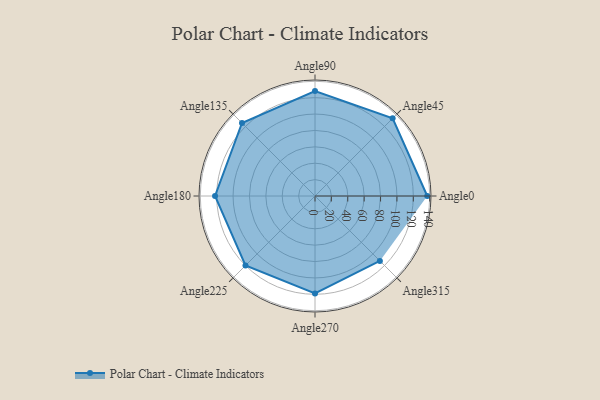
{"axis": {"x": "Angle", "y": "Radius"}, "legend": [""], "data": [{"x": "Angle0", "y": 137.0, "type": ""}, {"x": "Angle45", "y": 134.0, "type": ""}, {"x": "Angle90", "y": 128.0, "type": ""}, {"x": "Angle135", "y": 126.0, "type": ""}, {"x": "Angle180", "y": 122.0, "type": ""}, {"x": "Angle225", "y": 120.0, "type": ""}, {"x": "Angle270", "y": 119.0, "type": ""}, {"x": "Angle315", "y": 112.0, "type": ""}]}